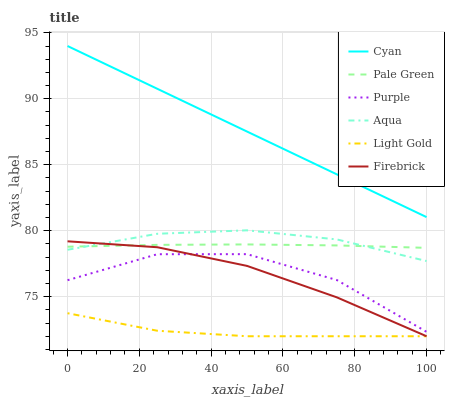
| xaxis_label | Cyan | Pale Green | Purple | Aqua | Light Gold | Firebrick |
 | --- | --- | --- | --- | --- | --- | --- |
 | 0 | 94 | 78.8 | 76.2 | 78.6 | 73.7 | 79.2 |
 | 25 | 90.8 | 78.9 | 78.2 | 79.8 | 72.4 | 78.7 |
 | 50 | 87.5 | 79 | 78.2 | 80 | 72 | 77.3 |
 | 75 | 84.3 | 78.9 | 76.3 | 79.3 | 72 | 75 |
 | 100 | 81 | 78.7 | 72.3 | 77.7 | 72 | 72 |